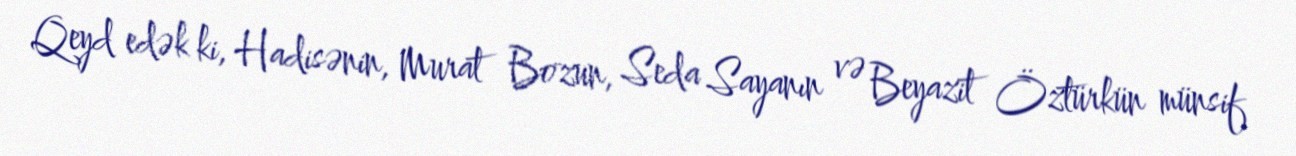
Qeyd edək ki, Hadisənin, Murat Bozun, Seda Sayanın və Beyazit Öztürkün münsif